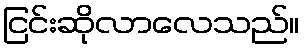
ငြင်းဆိုလာလေသည်။